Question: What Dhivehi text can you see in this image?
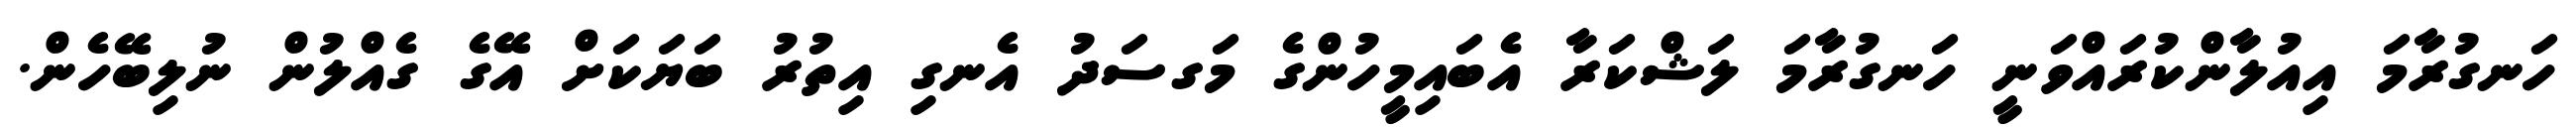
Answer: ހަނގުރާމަ އިއުލާންކުރައްވަނީ ހަނގުރާމަ ލަޝްކަރާ އެބައިމީހުންގެ މަގސަދު އެނގި އިތުރު ބަޔަކަށް އޭގެ ގެއްލުން ނުލިބޭހެން.